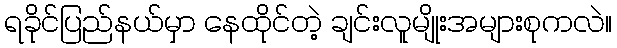
ရခိုင်ပြည်နယ်မှာ နေထိုင်တဲ့ ချင်းလူမျိုးအများစုကလဲ။